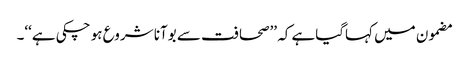
مضمون میں کہاگیاہے کہ ’’صحافت سے بوآنا شروع ہو چکی ہے‘‘۔